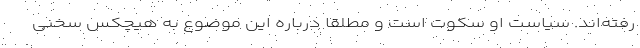
رفته‌اند. سیاست او سکوت است و مطلقا درباره این موضوع به هیچکس سخنی